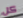
كل